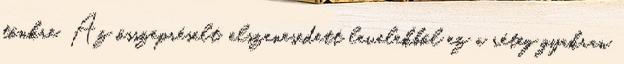
tönkre. Az összepréselt, elszenesedett levelekből ez a réteg gyakran